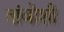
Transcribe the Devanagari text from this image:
तांबोशी